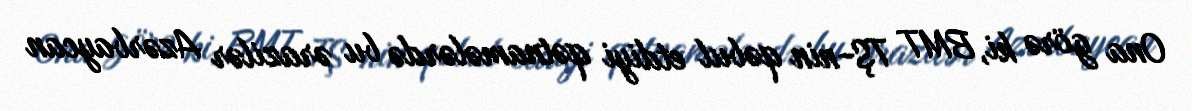
Ona görə ki, BMT TŞ-nin qəbul etdiyi qətnamələrdə bu ərazilər Azərbaycan